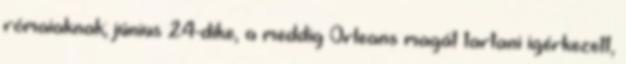
rómaiaknak; június 24-dike, a meddig Orleans magát tartani igérkezett,